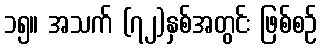
၁၅။ အသက် (၇၂)နှစ်အတွင်း ဖြစ်စဉ်